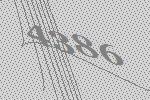
4386